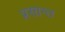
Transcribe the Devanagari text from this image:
प्रसान्त